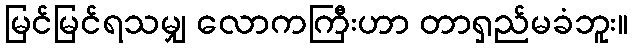
မြင်မြင်ရသမျှ လောကကြီးဟာ တာရှည်မခံဘူး။